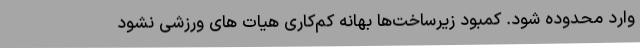
وارد محدوده شود. کمبود زیرساخت‌ها بهانه کم‌کاری هیات های ورزشی نشود